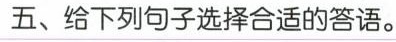
五、给下列句子选择合适的答语.